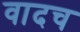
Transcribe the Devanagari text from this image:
वादच